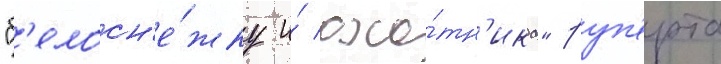
"б'елосн'е́жку и́ охо́тн'ика" руп'ерта